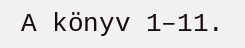
A könyv 1–11.